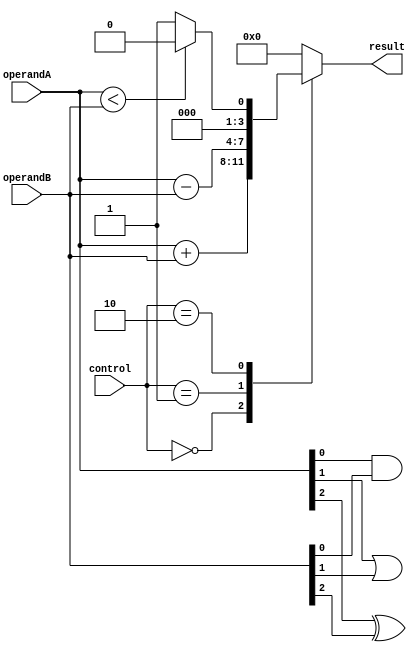
module ALU(
    input [3:0] operandA,
    input [3:0] operandB,
    input [2:0] control,
    output reg [3:0] result
);

// Arithmetic blocks
always @*
begin
    case(control)
        3'b000: result = operandA + operandB; // Adder
        3'b001: result = operandA - operandB; // Subtractor
        3'b010: if(operandA < operandB) result = 4'b0000; // Comparator
                else result = 4'b0001;
        default: result = 4'b0;
    endcase
end

// Bitwise logic gates
assign result[0] = operandA[0] & operandB[0]; // AND gate
assign result[1] = operandA[1] | operandB[1]; // OR gate
assign result[2] = operandA[2] ^ operandB[2]; // XOR gate

endmodule